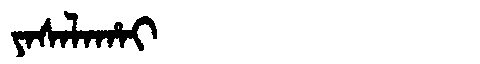
Manchu: ᠶᠠᠰᠠᠯᠠᡥᠠᡳ
Romanization: YASALAHAI